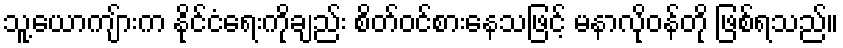
သူ့ယောကျ်ားက နိုင်ငံရေးကိုချည်း စိတ်ဝင်စားနေသဖြင့် မနာလိုဝန်တို ဖြစ်ရသည်။